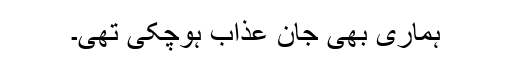
ہماری بھی جان عذاب ہوچکی تھی۔